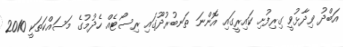
އަބްދު ވިދާޅުވީ ގިރިފުށި ކައިރީގައި އޮންނަ ތަނބުރުދޫގައި ރިސޯޓެއް ހެދުމުގެ މަސައްކަތަކީ 2010